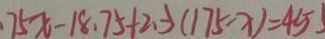
7 5 x - 1 8 . 7 5 + 2 . 3 ( 1 7 5 - x ) = 4 5